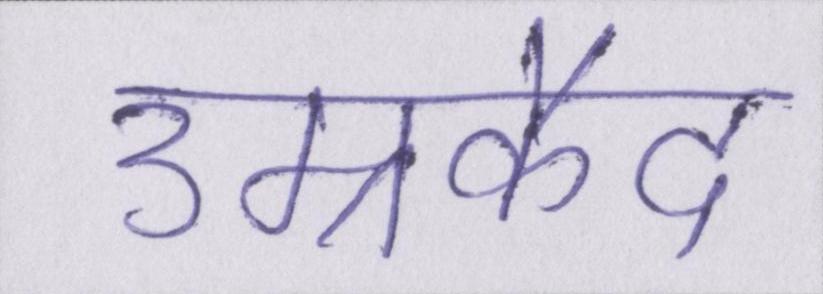
उम्रकैद